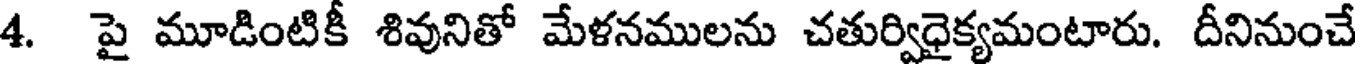
4. పై మూడింటికీ శివునితో మేళనములను చతుర్విధైక్యమంటారు. దీనినుంచే